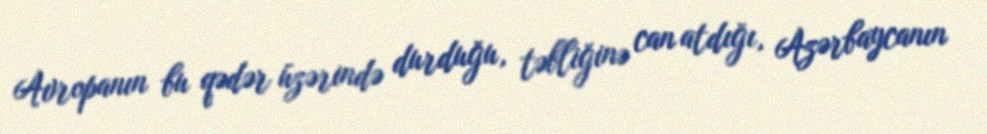
Avropanın bu qədər üzərində durduğu, təbliğinə can atdığı, Azərbaycanın